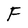
Character: F